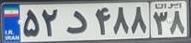
۵۲د۴۸۸۳۸